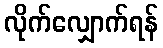
လိုက်လျှောက်ရန်